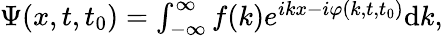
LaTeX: \begin{array}{r}{\Psi(x,t,t_{0})=\int_{-\infty}^{\infty}f(k)e^{ikx-i\varphi(k,t,t_{0})}\mathrm{d}k,}\end{array}